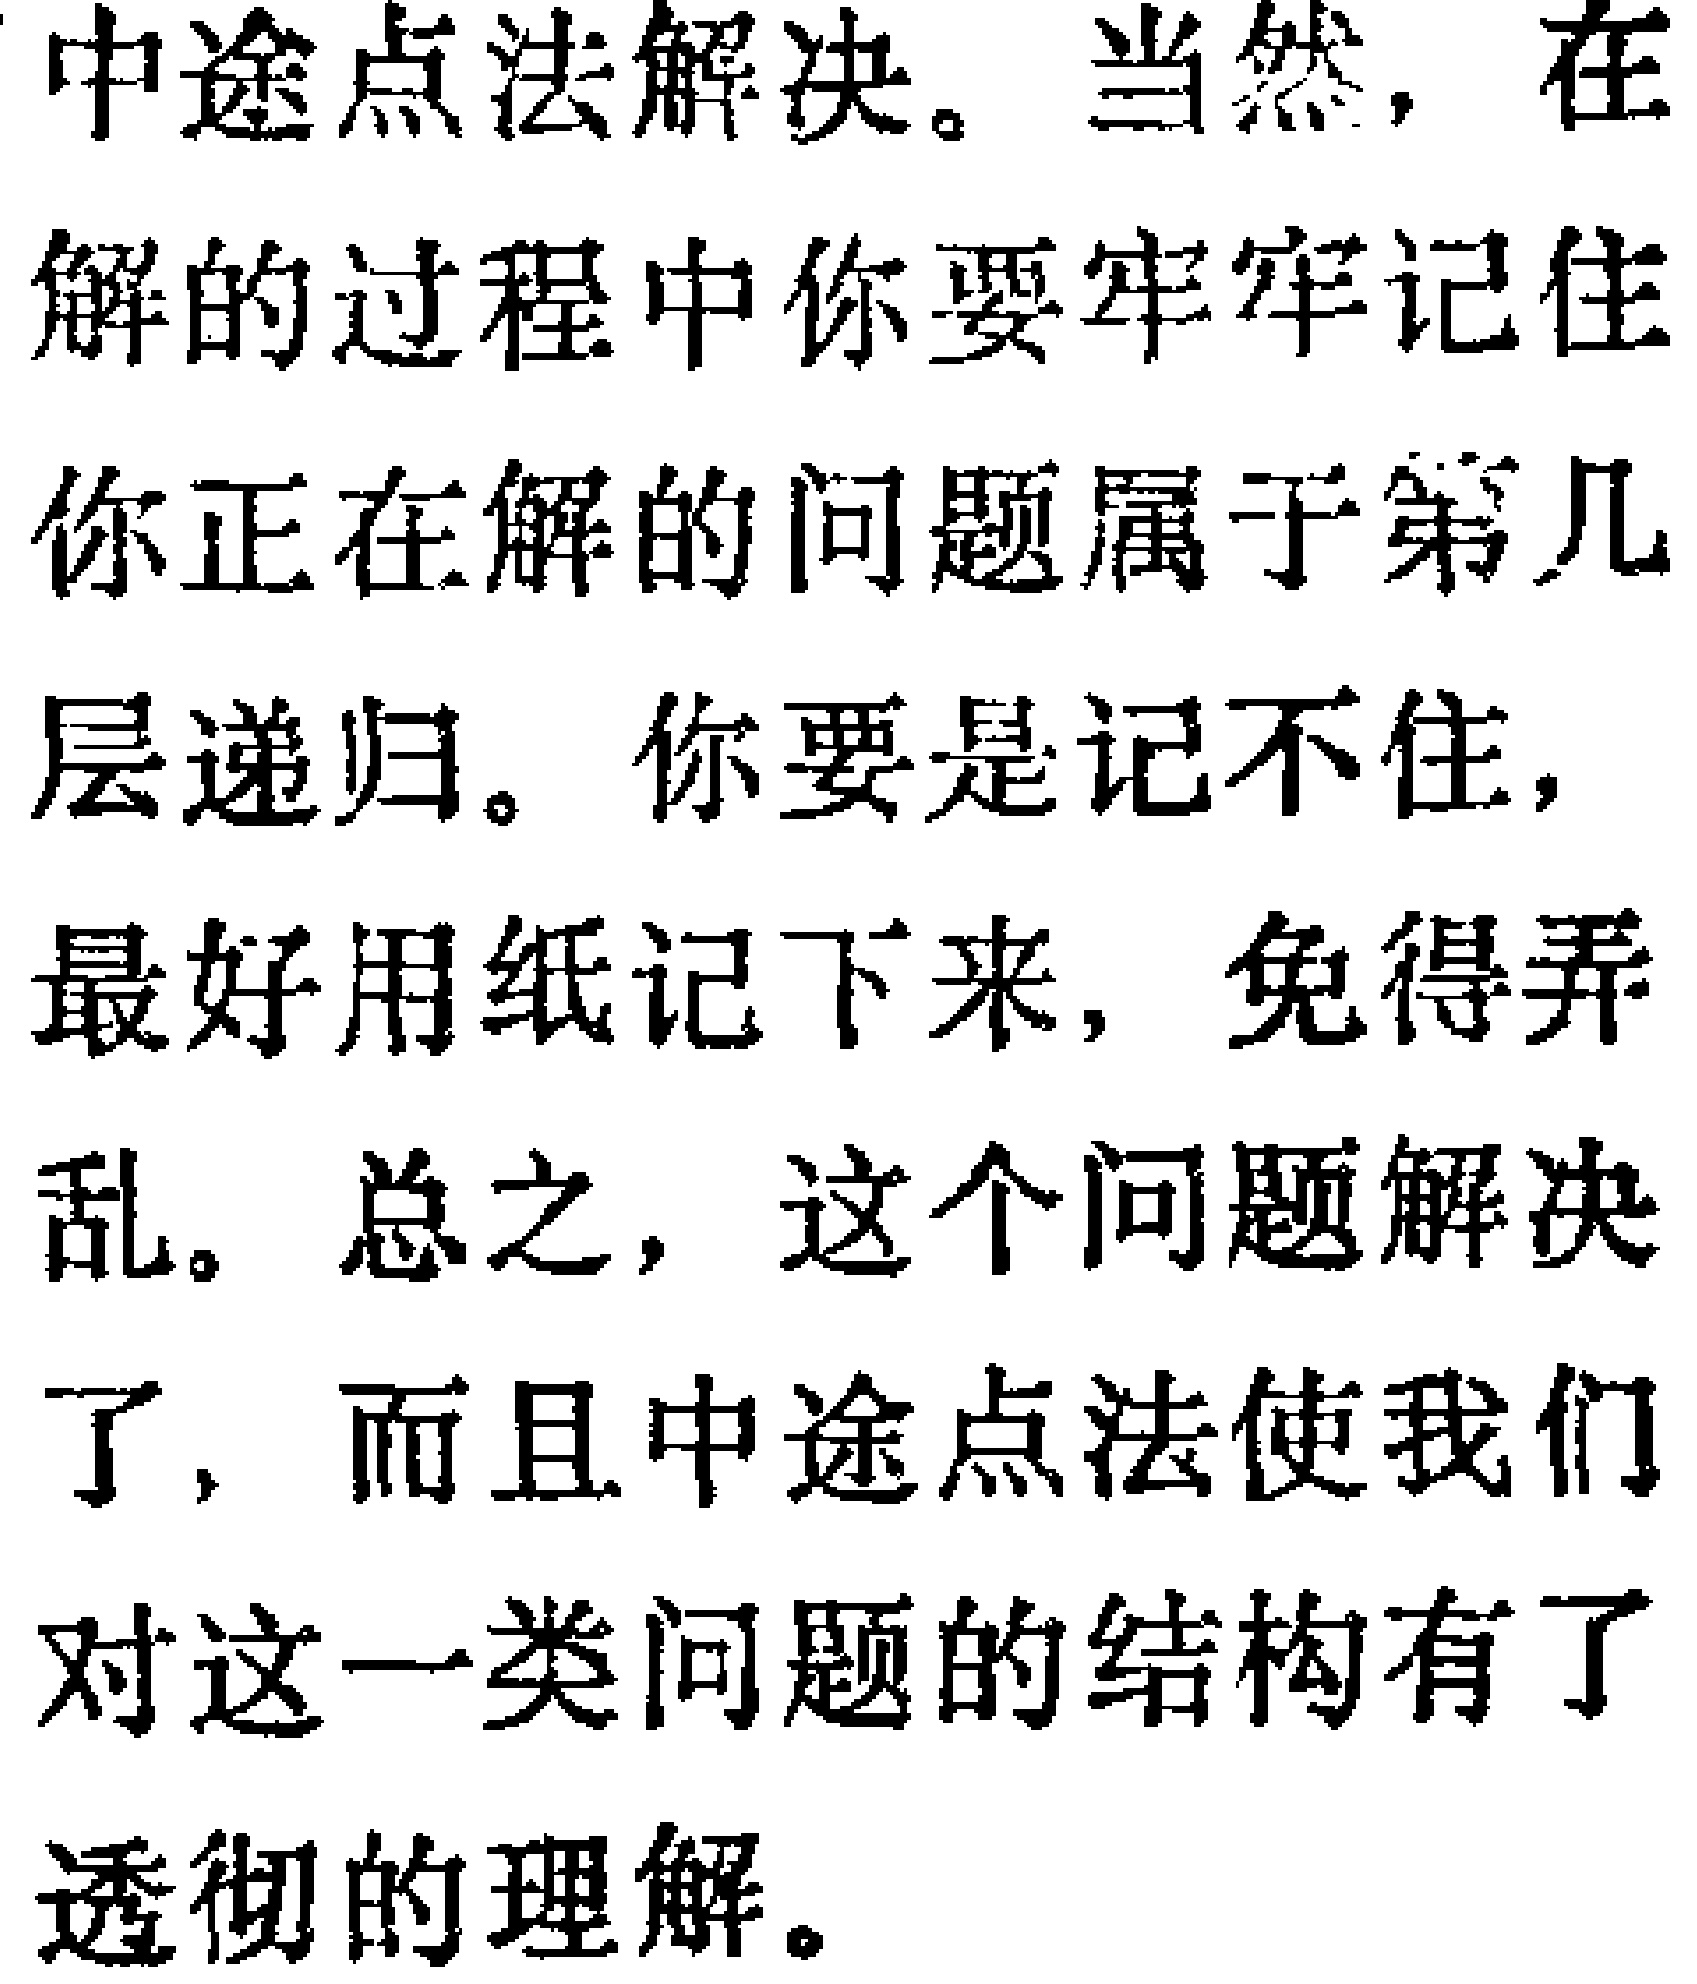
中途点法解决。当然，在解的过程中你要牢牢记住你正在解的问题属于第几层递归。你要是记不住，最好用纸记下来，免得弄乱。总之，这个问题解决了，而且中途点法使我们对这一类问题的结构有了透彻的理解。